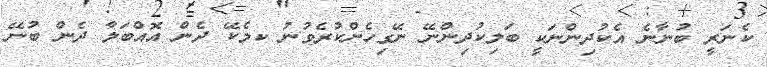
ކެނަރީ ބުނާނެ އެކުދިންނަކީ ބަލިކުދިންނޭ ނޭގިހެންކުރެވުނު ކމެކޭ ދެން އޮއްބަލާ ދެން ބުނޭ